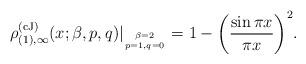
LaTeX: \begin{align*} {\rho}_{(1), \infty}^{(\rm cJ)}(x;\beta,p,q) |_{\beta = 2 \atop p=1, q=0} = 1 - \bigg ( {\sin \pi x \over \pi x} \bigg )^2. \end{align*}